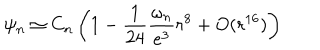
\psi _ { n } \simeq C _ { n } \left( 1 - \frac { 1 } { 2 4 } \frac { \omega _ { n } } { e ^ { 3 } } r ^ { 8 } + O ( r ^ { 1 6 } ) \right)